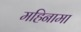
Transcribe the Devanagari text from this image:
महिनामा